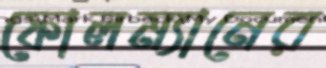
ফোলম্যানের